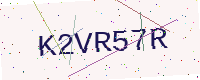
Text: K2VR57R